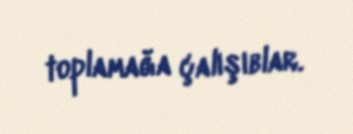
toplamağa çalışıblar.